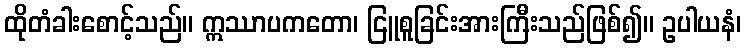
ထိုတံခါးစောင့်သည်။ ဣဿာပကတော၊ ငြူစူခြင်းအားကြီးသည်ဖြစ်၍။ ဥပါယနံ၊